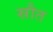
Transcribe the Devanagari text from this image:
स्रौत